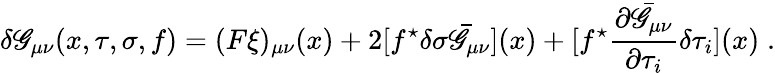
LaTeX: \delta\mathscr{G}_{\mu\nu}(x,\tau,\sigma,f)=(F\xi)_{\mu\nu}(x)+2[f^{\star}\delta\sigma\bar{{\mathscr{G}}}_{\mu\nu}](x)+[f^{\star}\frac{{\partial\bar{{\mathscr{G}}}_{\mu\nu}}}{{\partial\tau_{i}}}\delta\tau_{i}](x)\; .